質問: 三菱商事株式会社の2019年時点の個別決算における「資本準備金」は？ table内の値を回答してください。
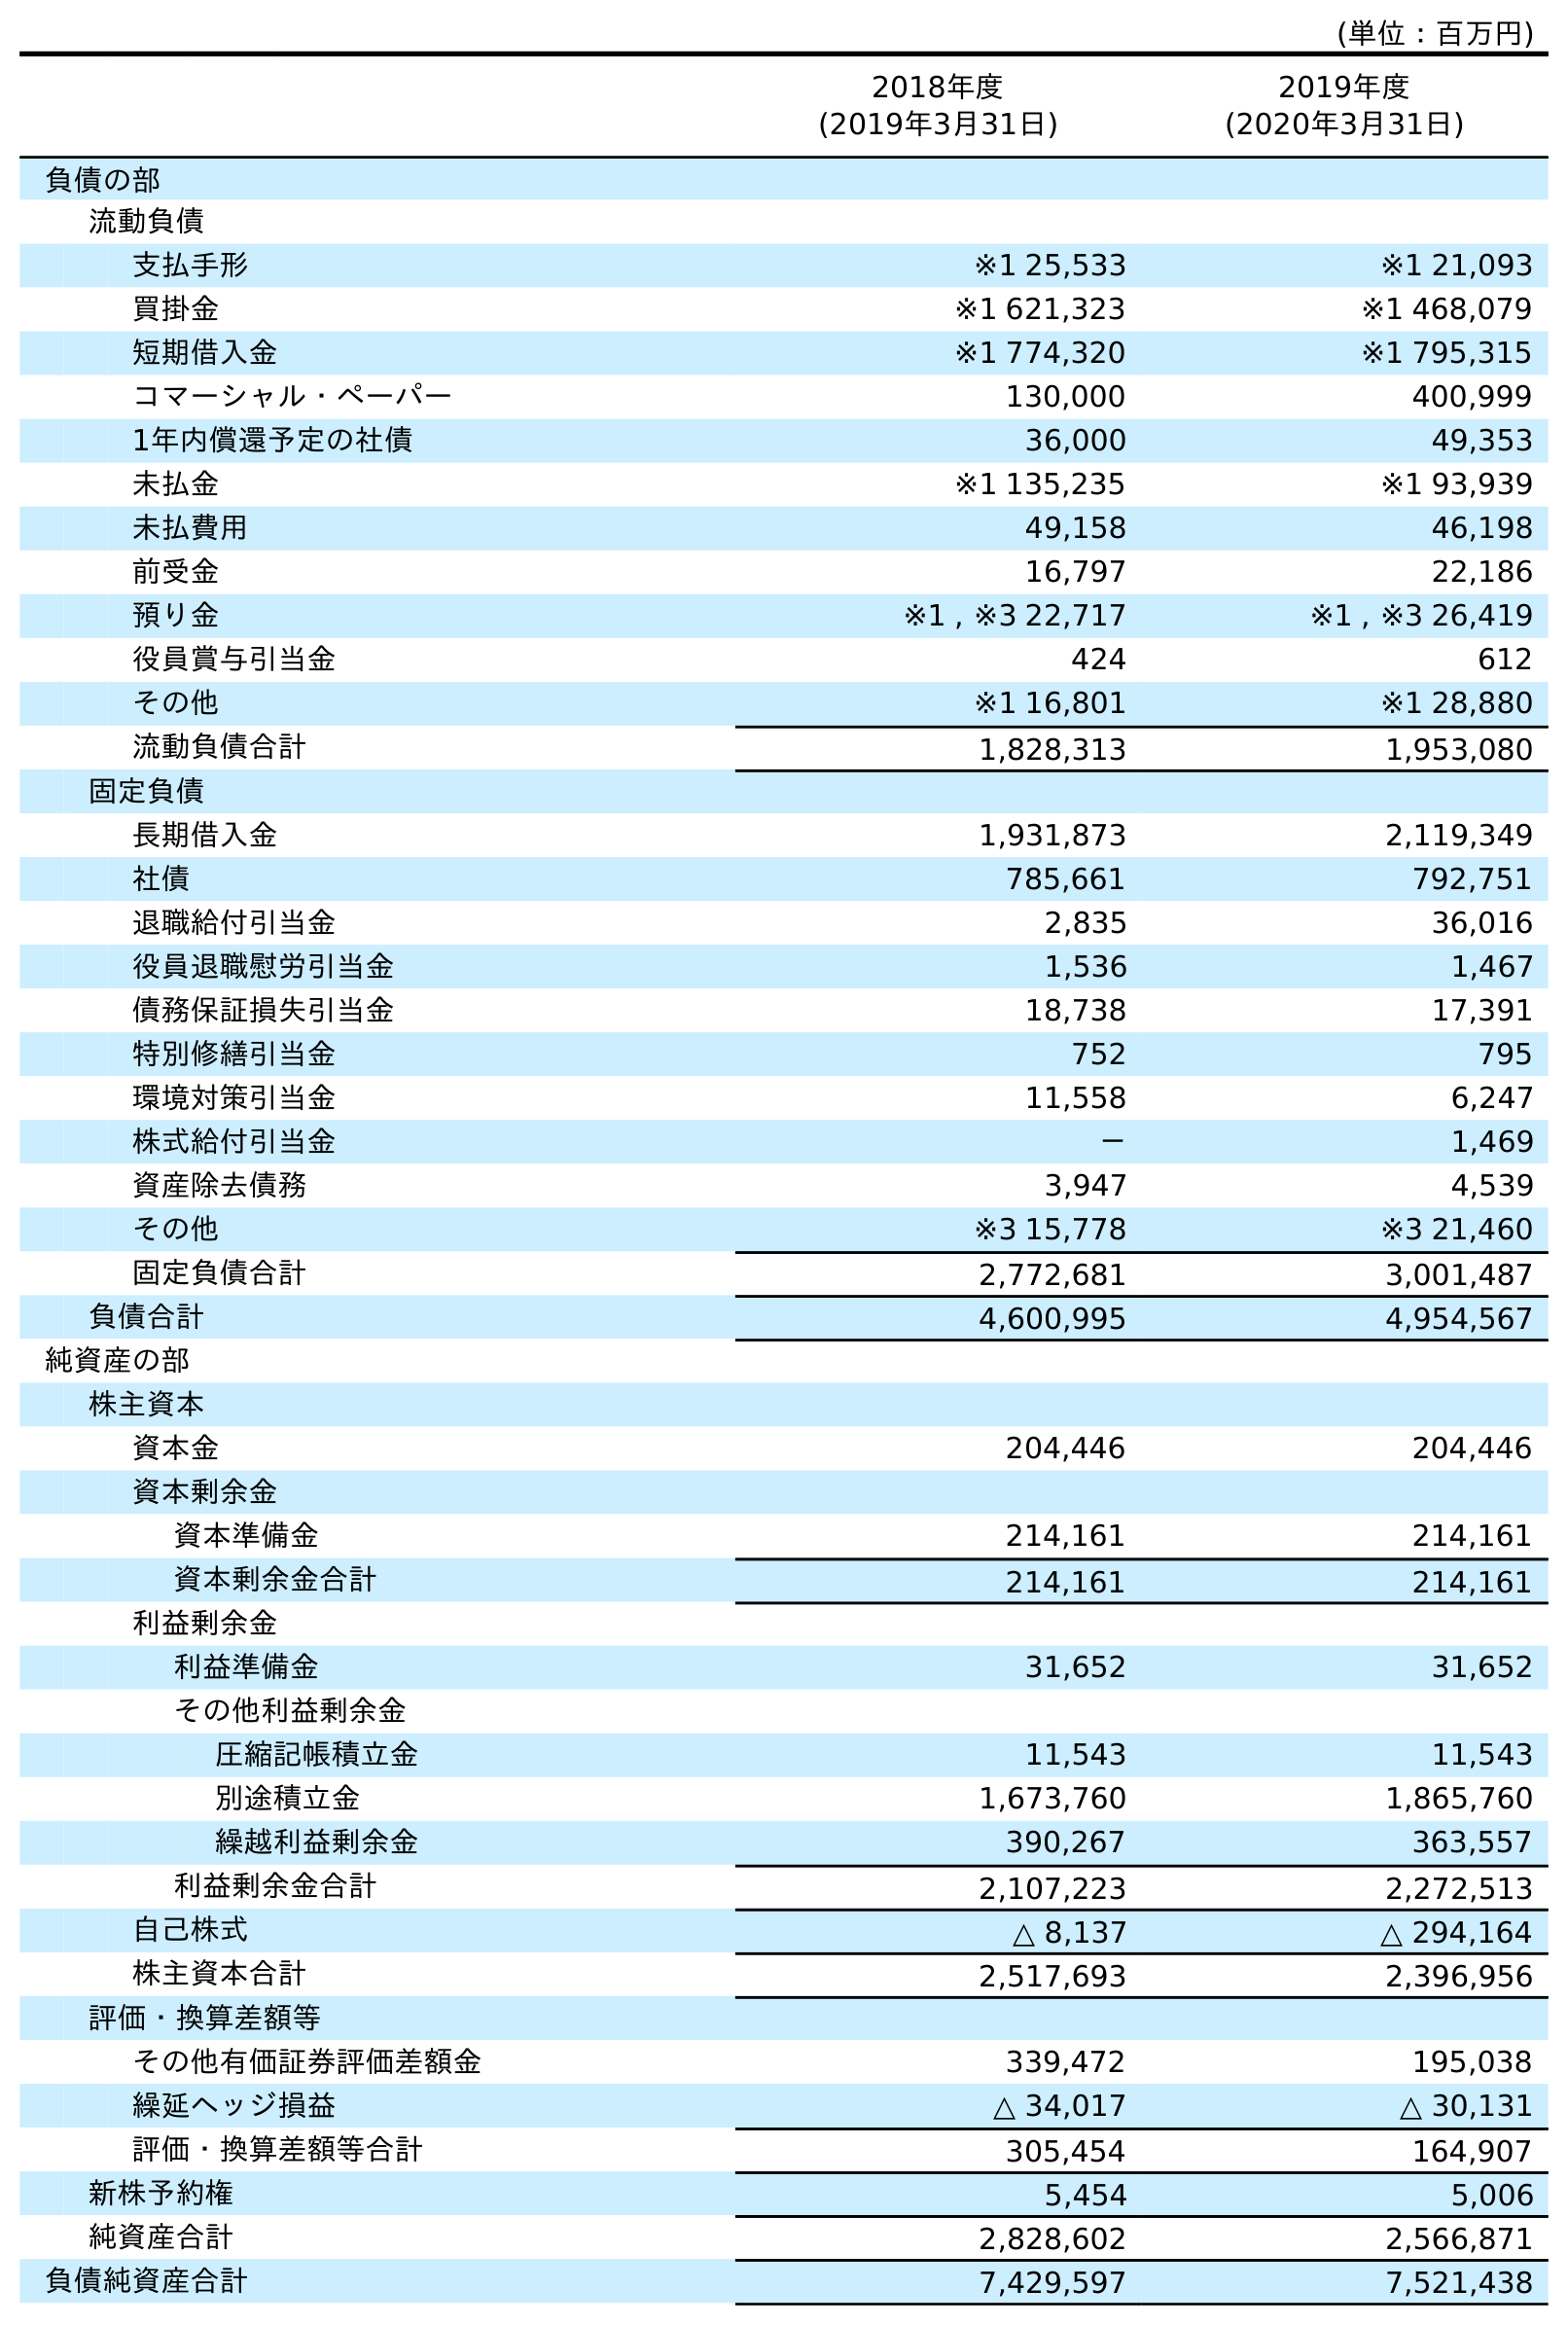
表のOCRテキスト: (単位：百万円) 2018年度 (2019年3月31日) 2019年度 (2020年3月31日) 負債の部 流動負債 支払手形 ※1 25,533 ※1 21,093 買掛金 ※1 621,323 ※1 468,079 短期借入金 ※1 774,320 ※1 795,315 コマーシャル・ペーパー 130,000 400,999 1年内償還予定の社債 36,000 49,353 未払金 ※1 135,235 ※1 93,939 未払費用 49,158 46,198 前受金 16,797 22,186 預り金 ※1 , ※3 22,717 ※1 , ※3 26,419 役員賞与引当金 424 612 その他 ※1 16,801 ※1 28,880 流動負債合計 1,828,313 1,953,080 固定負債 長期借入金 1,931,873 2,119,349 社債 785,661 792,751 退職給付引当金 2,835 36,016 役員退職慰労引当金 1,536 1,467 債務保証損失引当金 18,738 17,391 特別修繕引当金 752 795 環境対策引当金 11,558 6,247 株式給付引当金 － 1,469 資産除去債務 3,947 4,539 その他 ※3 15,778 ※3 21,460 固定負債合計 2,772,681 3,001,487 負債合計 4,600,995 4,954,567 純資産の部 株主資本 資本金 204,446 204,446 資本剰余金 資本準備金 214,161 214,161 資本剰余金合計 214,161 214,161 利益剰余金 利益準備金 31,652 31,652 その他利益剰余金 圧縮記帳積立金 11,543 11,543 別途積立金 1,673,760 1,865,760 繰越利益剰余金 390,267 363,557 利益剰余金合計 2,107,223 2,272,513 自己株式 △ 8,137 △ 294,164 株主資本合計 2,517,693 2,396,956 評価・換算差額等 その他有価証券評価差額金 339,472 195,038 繰延ヘッジ損益 △ 34,017 △ 30,131 評価・換算差額等合計 305,454 164,907 新株予約権 5,454 5,006 純資産合計 2,828,602 2,566,871 負債純資産合計 7,429,597 7,521,438
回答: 214,161